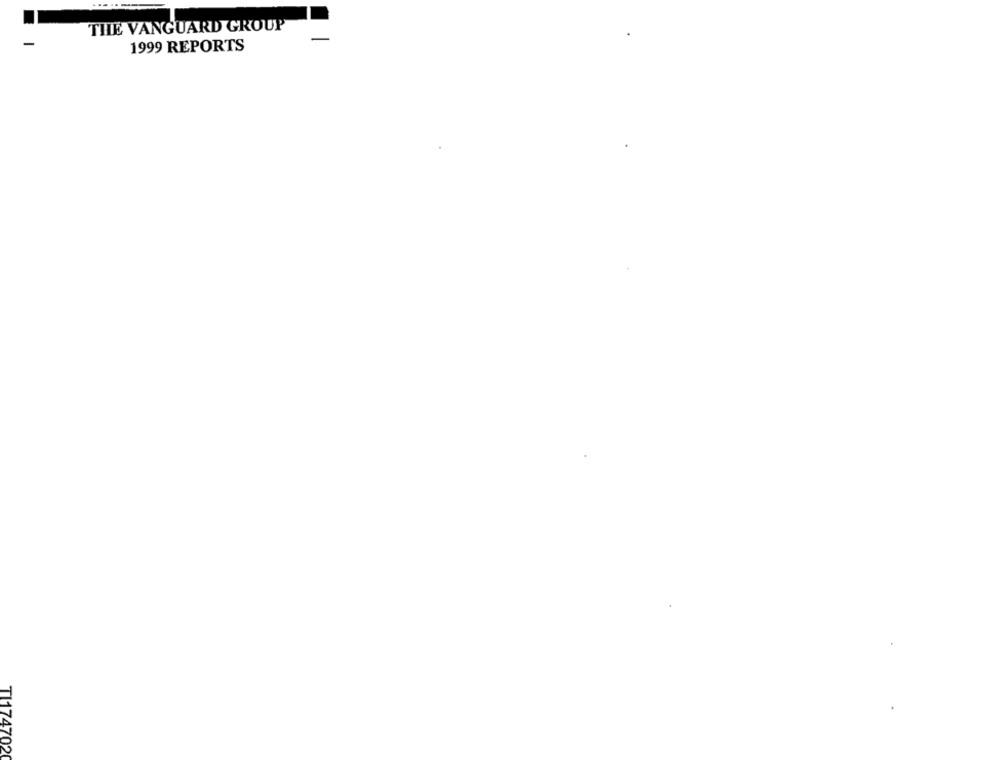
THE VANGUARD GROUP
1999 REPORTS
TI174702